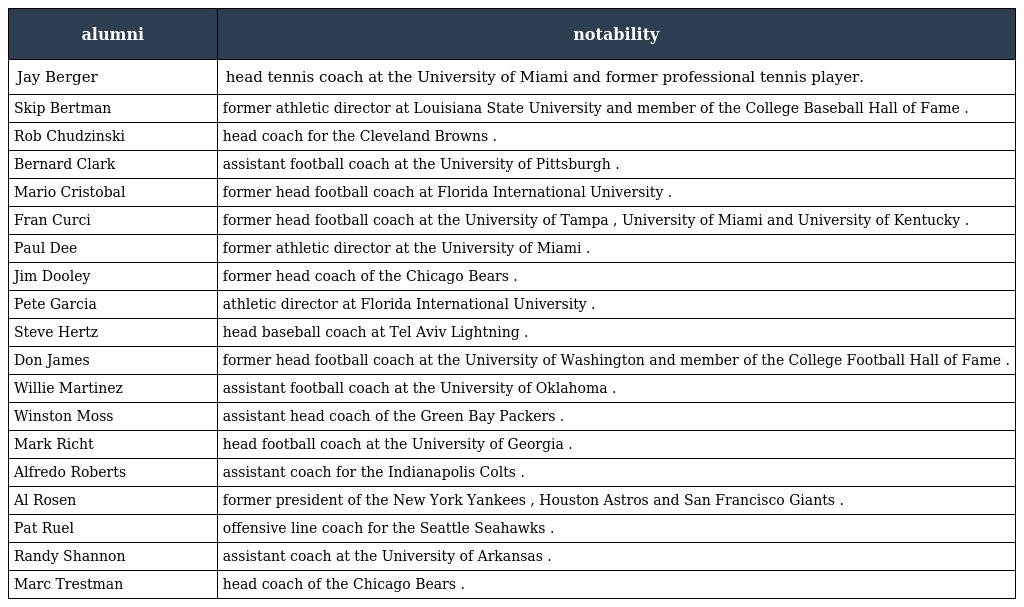
| alumni | notability |
 | --- | --- |
 | Jay Berger | head tennis coach at the University of Miami and former professional tennis player. |
 | Skip Bertman | former athletic director at Louisiana State University and member of the College Baseball Hall of Fame . |
 | Rob Chudzinski | head coach for the Cleveland Browns . |
 | Bernard Clark | assistant football coach at the University of Pittsburgh . |
 | Mario Cristobal | former head football coach at Florida International University . |
 | Fran Curci | former head football coach at the University of Tampa , University of Miami and University of Kentucky . |
 | Paul Dee | former athletic director at the University of Miami . |
 | Jim Dooley | former head coach of the Chicago Bears . |
 | Pete Garcia | athletic director at Florida International University . |
 | Steve Hertz | head baseball coach at Tel Aviv Lightning . |
 | Don James | former head football coach at the University of Washington and member of the College Football Hall of Fame . |
 | Willie Martinez | assistant football coach at the University of Oklahoma . |
 | Winston Moss | assistant head coach of the Green Bay Packers . |
 | Mark Richt | head football coach at the University of Georgia . |
 | Alfredo Roberts | assistant coach for the Indianapolis Colts . |
 | Al Rosen | former president of the New York Yankees , Houston Astros and San Francisco Giants . |
 | Pat Ruel | offensive line coach for the Seattle Seahawks . |
 | Randy Shannon | assistant coach at the University of Arkansas . |
 | Marc Trestman | head coach of the Chicago Bears . |